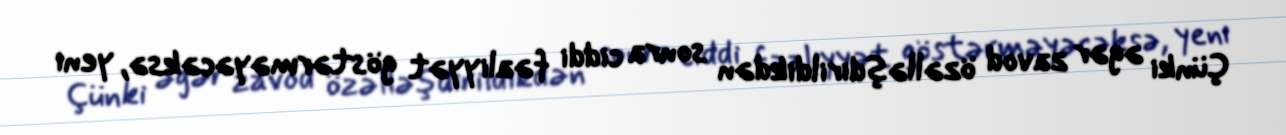
Çünki əgər zavod özəlləşdirildikdən sonra ciddi fəaliyyət göstərməyəcəksə, yeni